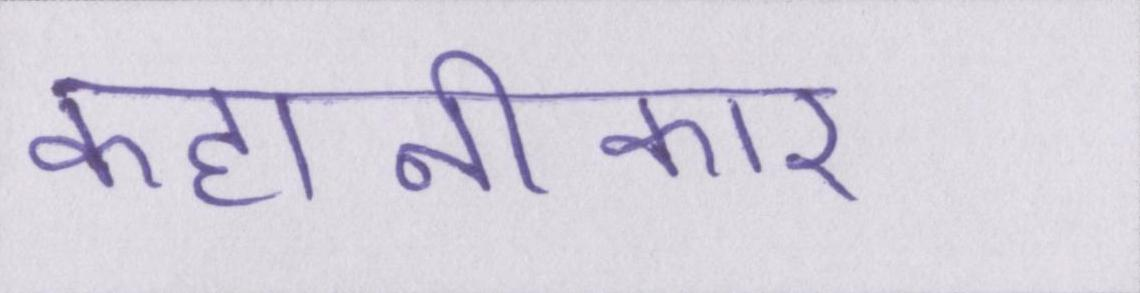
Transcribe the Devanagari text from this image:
कहानीकार